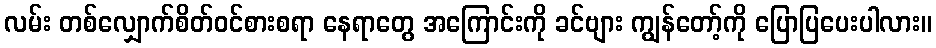
လမ်း တစ်လျှောက်စိတ်ဝင်စားစရာ နေရာတွေ အကြောင်းကို ခင်ဗျား ကျွန်တော့်ကို ပြောပြပေးပါလား။